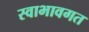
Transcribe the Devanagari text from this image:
स्वाभावगत